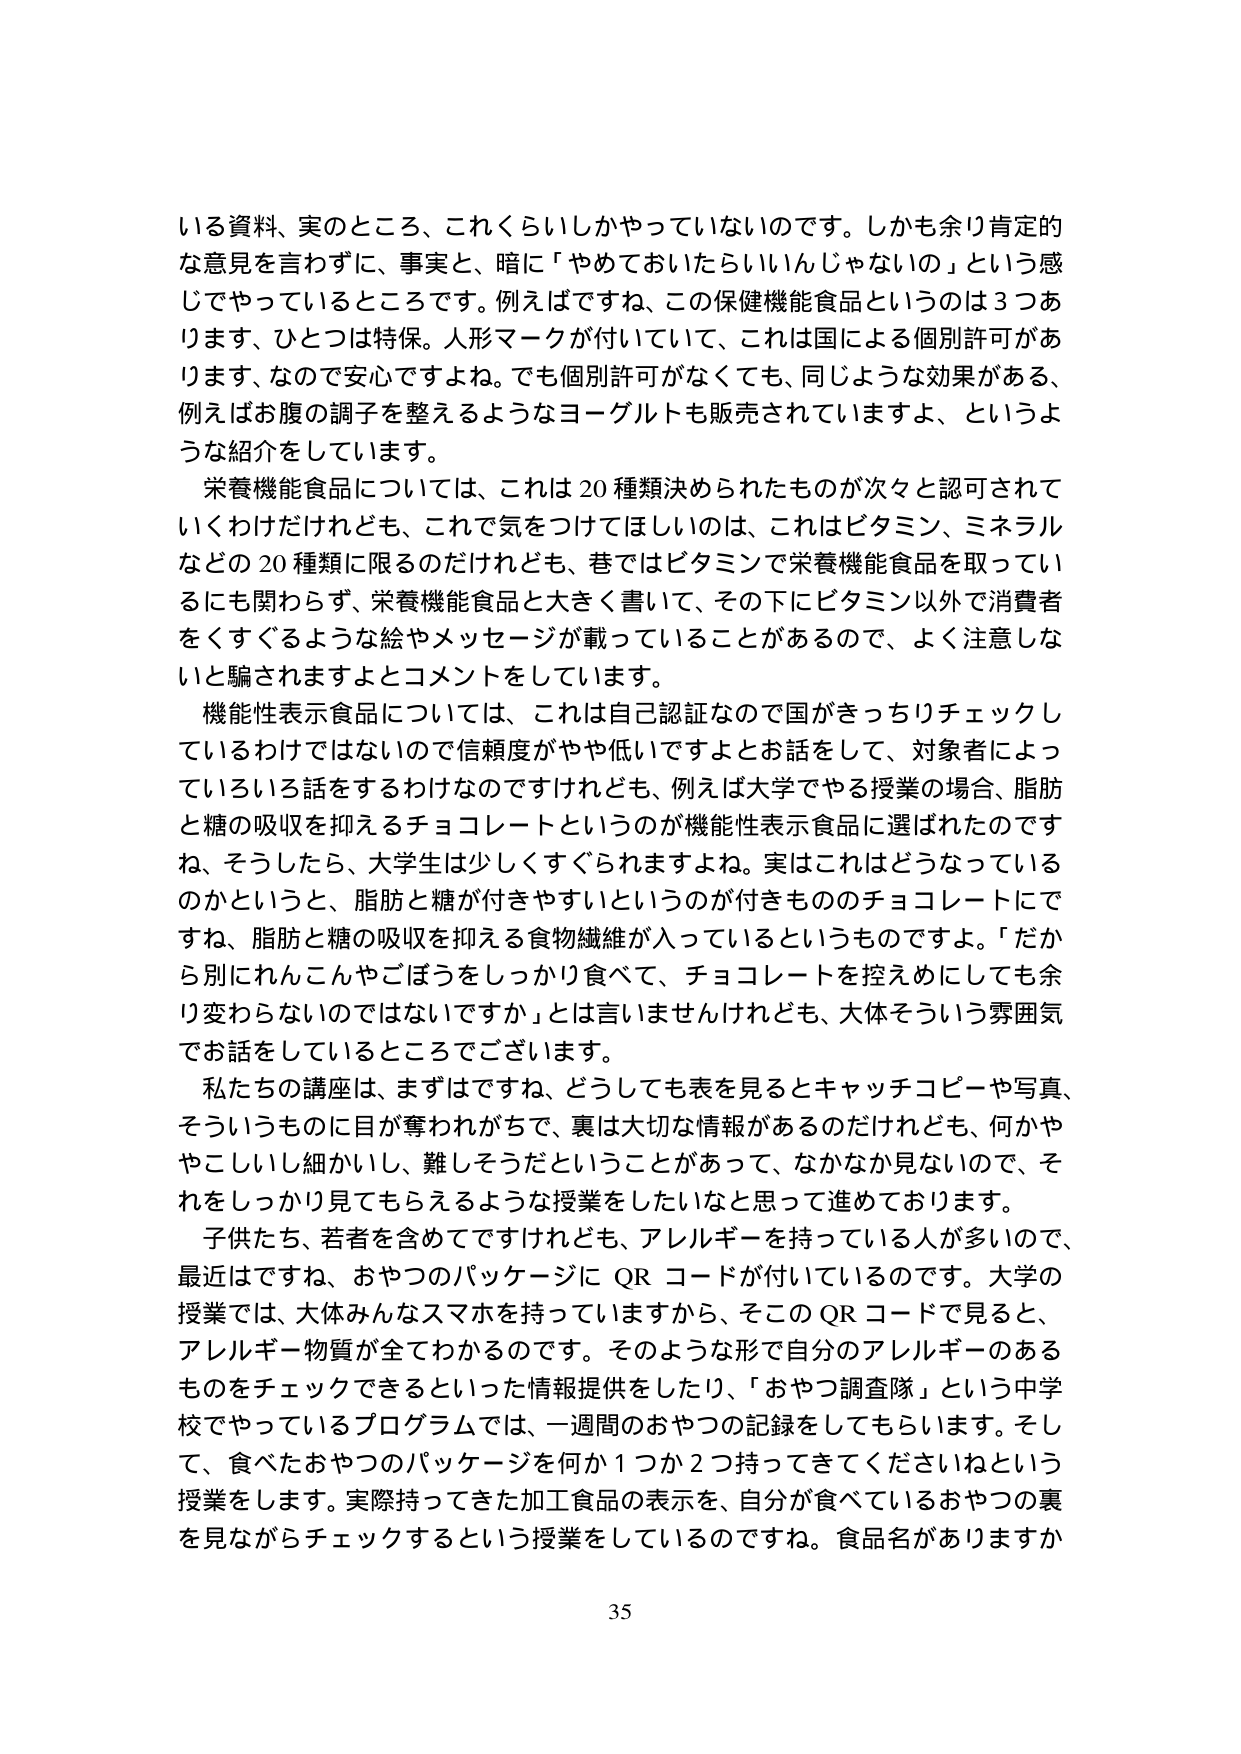
いる資料、実のところ、これくらいしかやっていないのです。しかも余り肯定的な意見を言わず、事実と、暗に「やめておいたらいいいんじゃないの」という感じでやっているところです。例えばですね、この保健機能食品というのは３つあります、ひとつは特保。人形マークが付いていて、これは国による個別許可があります、なので安心ですよね。でも個別許可がなくても、同じような効果がある、例えばお腹の調子を整えるようなヨーグルトも販売されていますよ、というような紹介をしています。

栄養機能食品については、これは20種類決められたものが次々と認可されていくわけだけれども、これで気をつけてほしいのは、これはビタミン、ミネラルなどの20種類に限るのだけれども、巷ではビタミンで栄養機能食品を取っているにも関わらず、栄養機能食品と大きく書いて、その下にビタミン以外で消費者をくすぐるような絵やメッセージが載っていることがあるので、よく注意しないと騙されますよとコメントをしています。

機能性表示食品については、これは自己認証なので国がきっちりチェックしているわけではないので信頼度がやや低いですよとお話しして、対象者によっているいろいろ話をするわけなのですけれども、例えば大学でやる授業の場合、脂肪と糖の吸収を抑えるチョコレートというのが機能性表示食品に選ばれたのですね、そうしたら、大学生は少しくすぐられますよね。実はこれはどうなっているのかというと、脂肪と糖が付きやすいというのが付きもののチョコレートですね、脂肪と糖の吸収を抑える食物繊維が入っているというものです。「だから別にれんこんやごぼうをしっかり食べて、チョコレートを控えめにしても余り変わらないのではないですか」とは言いませんけれども、大体そういう雰囲気でお話をしていているところでございます。

私たちの講座は、まずはですね、どうしても表を見るとキャッチコピーや写真、そういうものに目が奪われがちで、裏は大切な情報があるのだけれども、何かややこしいし細かいし、難しそうだということがあって、なかなか見ないので、それをしっかり見てもらえるような授業をしたいなと思って進めております。

子供たち、若者を含めてですけれども、アレルギーを持っている人が多いので、最近はですね、おやつのパッケージにQRコードが付いているのです。大学の授業では、大体みんなスマホを持っていますから、そこのQRコードで見ると、アレルギー物質が全てわかるのです。そのような形で自分のアレルギーのあるものをチェックできるといった情報提供をしたり、「おやつ調査隊」という中学校でやっているプログラムでは、一週間のおやつの記録をしてもらいます。そして、食べたおやつのパッケージを何か１つか２つ持ってきてくださいねという授業をします。実際持ってきた加工食品の表示を、自分が食べているおやつの裏を見ながらチェックするという授業をしているのですね。食品名がありますか

35